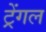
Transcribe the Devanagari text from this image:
ट्रेंगल